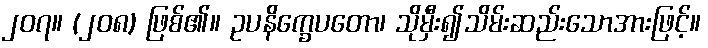
၂၀၇။ (၂၀၈) ဖြစ်၏။ ဥပနိက္ခေပတော၊ သိုမှီး၍သိမ်းဆည်းသောအားဖြင့်။